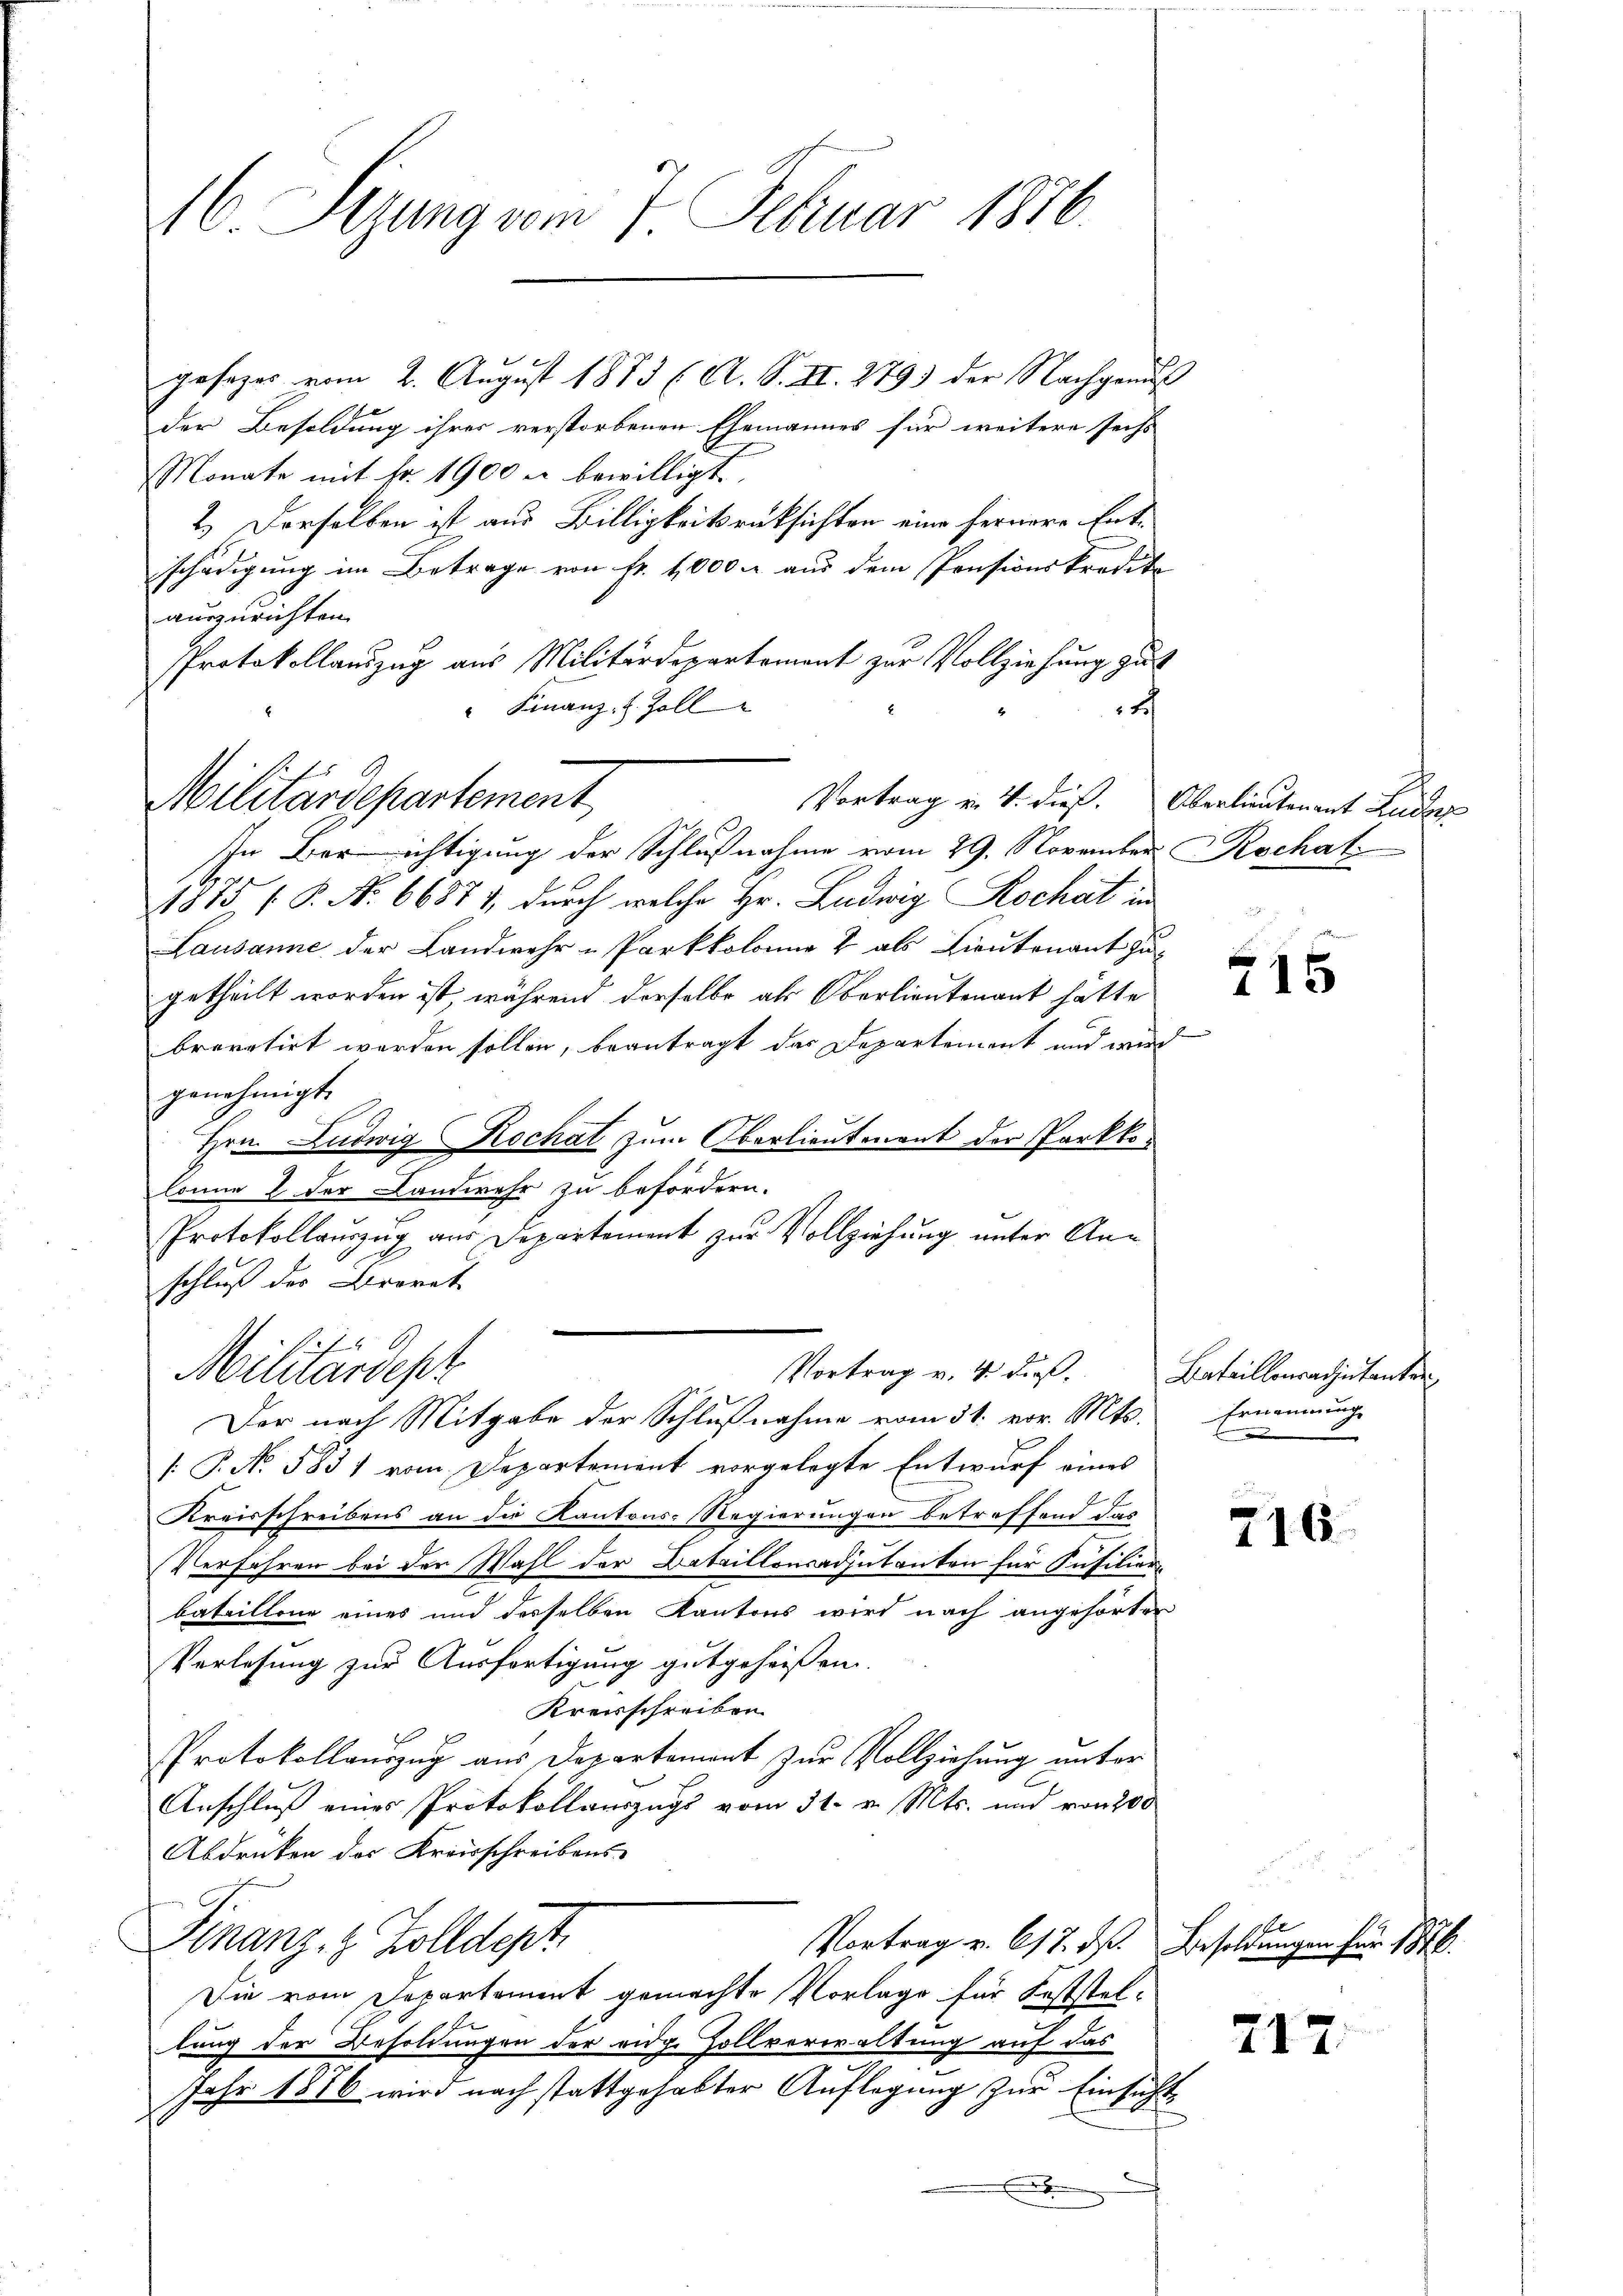
16 Sizung vom 7. Februar 1876.

Vortrag v. 4. dieß.
Militärdepartement

der Besoldung ihres verstorbenen Ehemannes für weitere sechs
Monate mit Fr. 1900 u bewilligt
2.) Derselben ist aus Billigkeitsrücksichten eine fernere Entschädigung im Betrage von Fr. 1000 M aus dem Pensionskredite
auszurichten.
Protokollauszug aus Militärdepartement zur Vollziehung zu
" Finanz- & Zoll
rch
In Berichtigung der Schlußnahme vom 29. November Rochat
1875 ( P. N. 66871, durch welche Hr. Ludwig Rochat in
Lausanne der Landwehr u Parkkolonne & als Lieutenant zugetheilt worden ist, während derselbe als Oberlieutenant hätte
bravatirt werden sollen, beantragt das Departement und wird
genehmigt.
Hrn. Ludwig Kochat zum Oberlieutenant der Parkkolonne 2 der Landwehr zu befördern.
Protokollauszug aus Departement zur Vollziehung unter Anschluß des Brorat
Militärdept
Vortrag v. 4. dieß. Bataillonsadjutanten
Der nach Mitgabe der Schlußnahme vom 31. vor. Mts.
[ P. No. 5831 vom Departement vorgelegte Entwurf eines
Kreisschreibens an die Kantons-Regierungen betreffend das
Verfahren bei der Wahl der Bataillonsadjutanten für Insilier-
bataillone eines und desselben Kantons wird nach angehörter
Verlesung zur Ausfertigung gutgeheissen.
Kreisschreiben
Protokollauszug aus Departement zur Vollziehung unter
Anschluß eines Protokollauszugs vom 31. v. Mts. und von 200
Abdrüken des Kreisschreibens-
Finanz, 8 Zolldept
Vortrag v. 617. d. Besoldungen für 1876.
Die vom Departement gemachte Vorlage für Feststellung der Besoldungen der eidg. Zollverwaltung auf das
Jahr 1876 wird nach stattgehabter Auflegung zur Einsicht¬

gesages vom 2. August 1873 (A. S. II. 279) der Nachgenu

2

Überlieutenant Luder

e
115

Ernennung
2

716.

217: